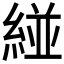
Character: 𮈝